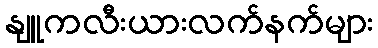
နျူကလီးယားလက်နက်များ